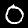
Label: 0